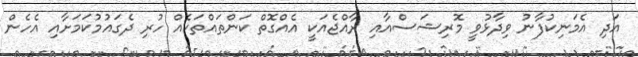
އަދި އެމަނިކުފާނު ވިދާޅުވީ މޮރިޝަސްއާއި ރާއްޖެއަކީ އެއްގޮތް ކަންތައްތަކެއް ހުރި ދެގައުމުކަމަށާއި އެހެން